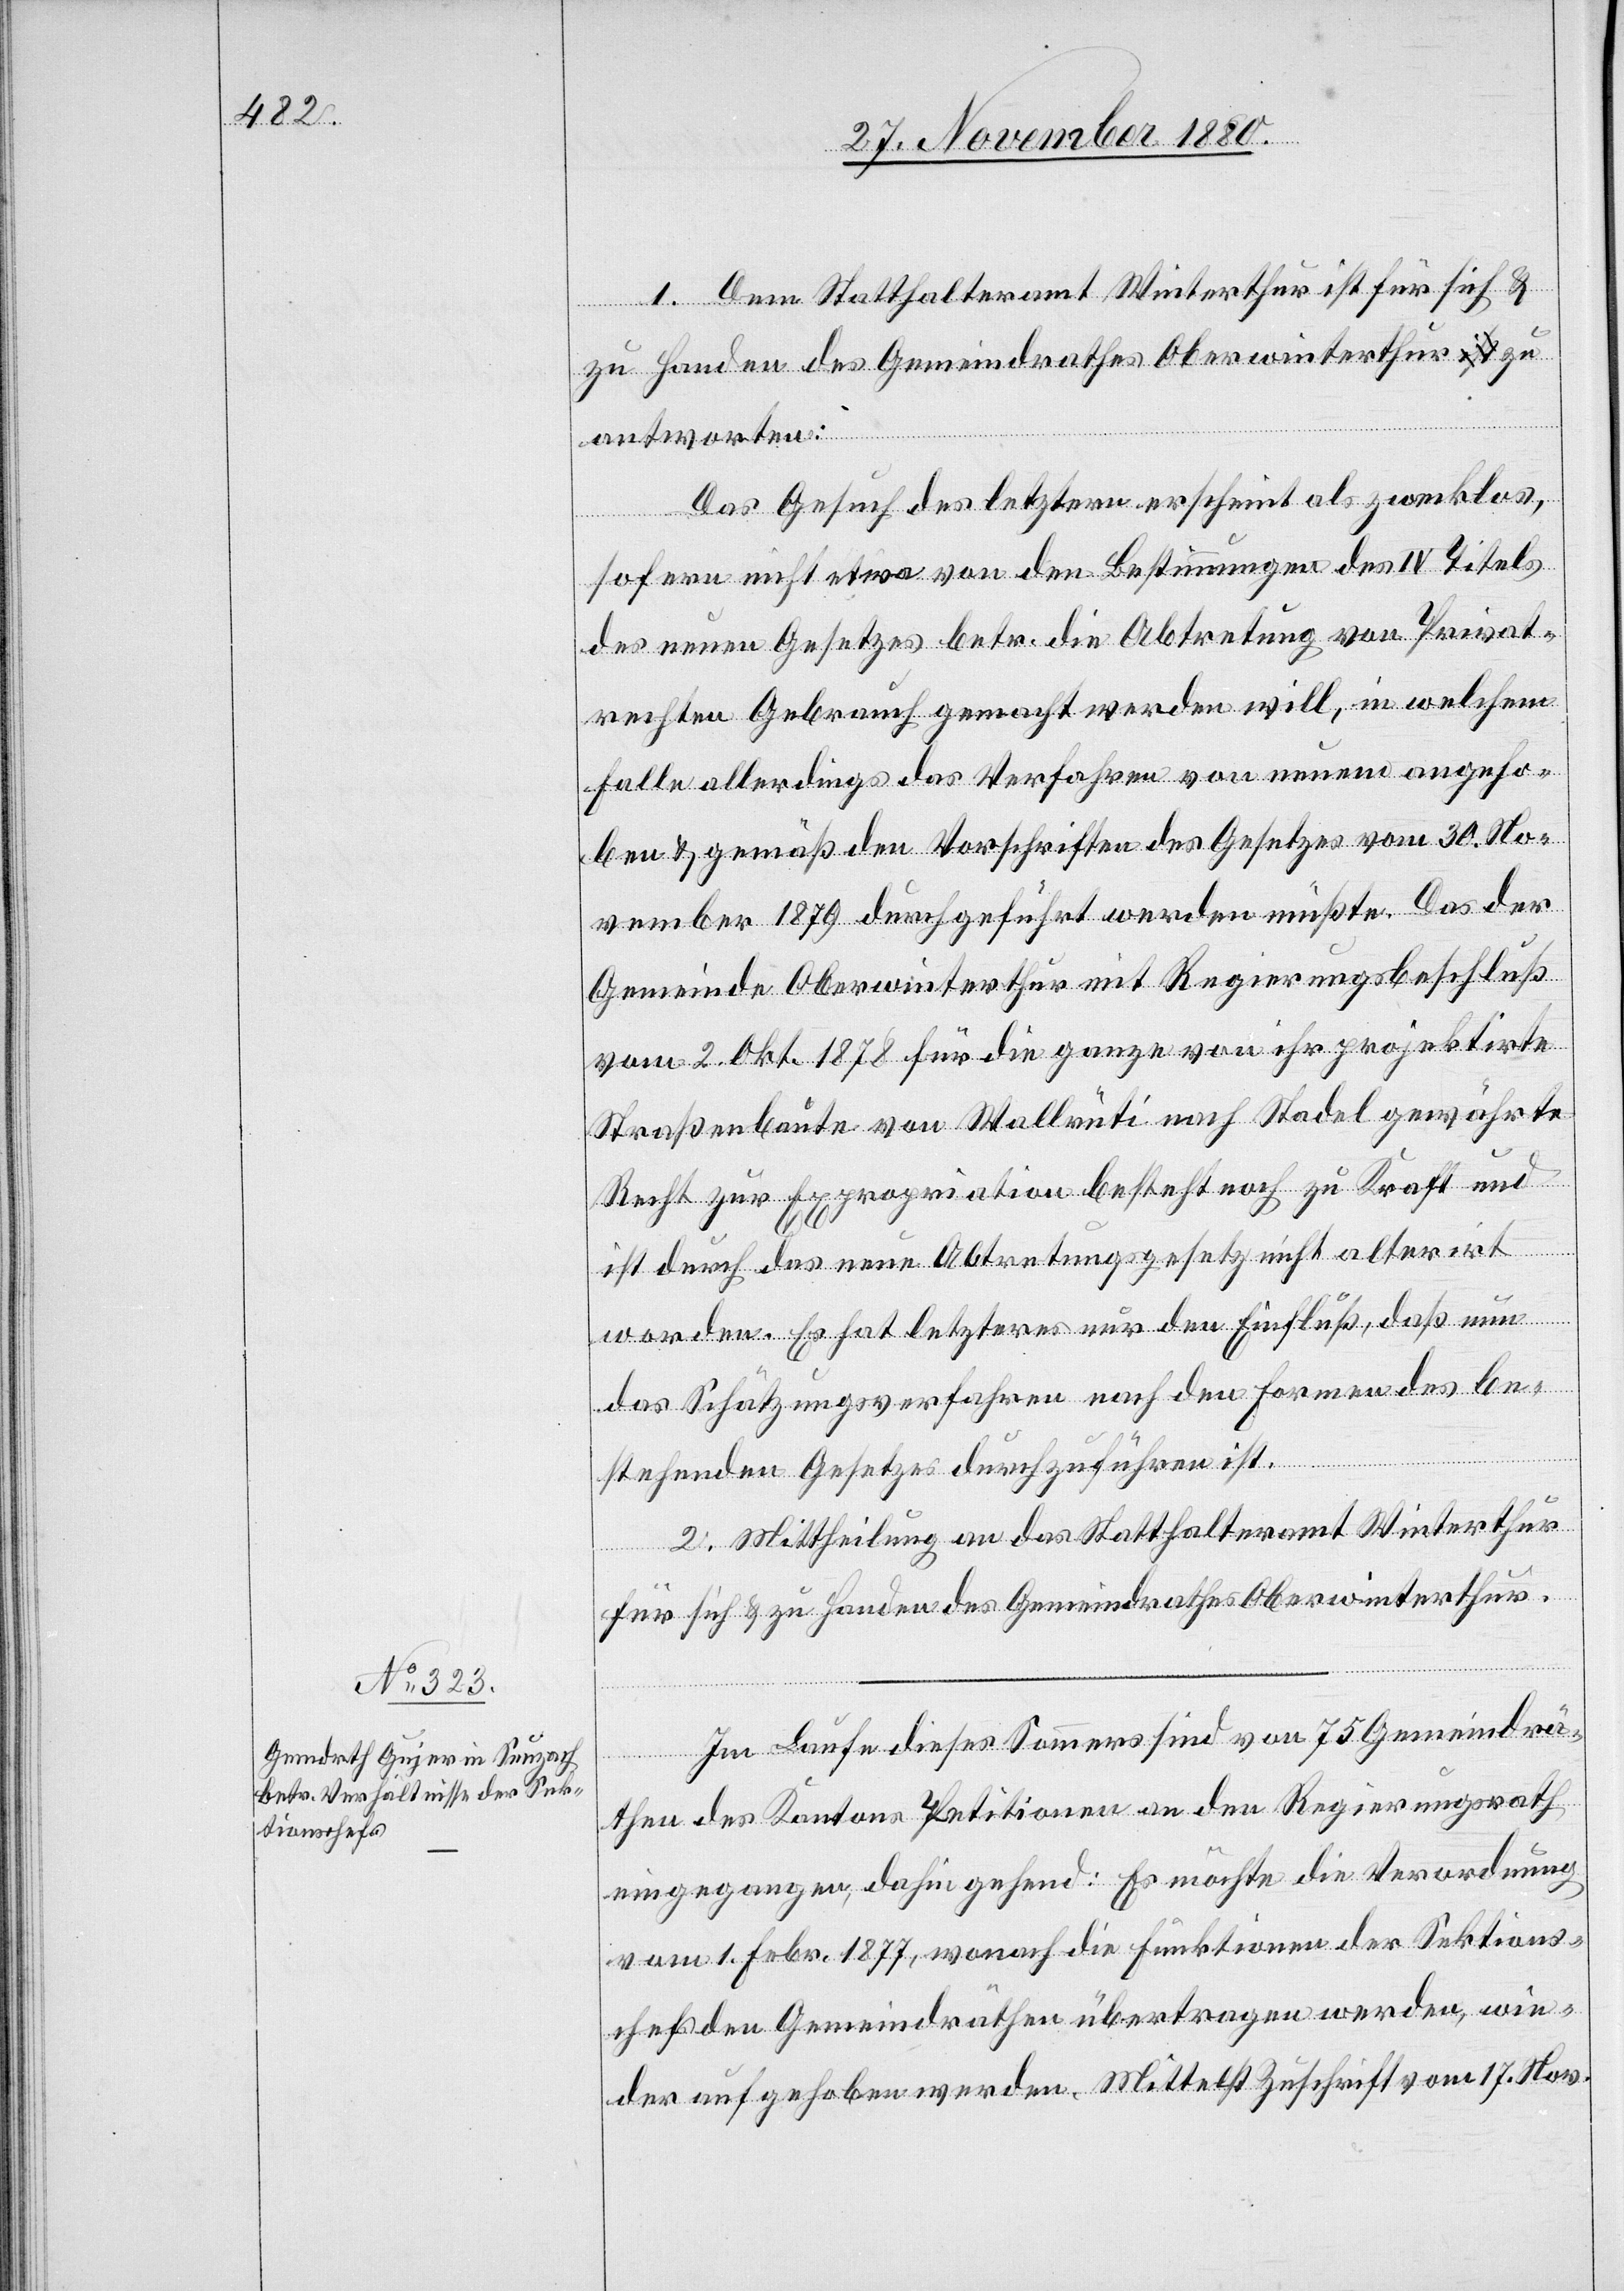
1. Dem Statthalteramt Winterthur ist für sich &
zu Handen des Gemeindrathes Oberwinterthur zu
antworten:
Das Gesuch des letztern erscheint als zwecklos
sofern nicht etwa von den Bestimmungen des IV Titels
des neuen Gesetzes betr. die Abtretung von Privat¬
rechten Gebrauch gemacht werden will, in welchem
Falle allerdings das Verfahren von neuem angeho¬
ben & gemäß den Vorschriften des Gesetzes vom 30. No¬
vember 1879 durchgeführt werden müßte. Das der
Gemeinde Oberwinterthur mit Regierungsbeschluß
vom 2. Okt. 1878 für die ganze von ihr projektirte
Straßenbaute von Wallrüti nach Stadel gewährte
Recht zur Expropriation besteht noch zu Kraft und
ist durch das neue Abtretungsgesetz nicht alterirt
worden. Es hat letzteres nur den Einfluß, daß nun
das Schätzungsverfahren nach den Formen des be¬
stehenden Gesetzes durchzuführen ist.
2. Mittheilung an das Statthalteramt Winterthur
für sich & zu Handen des Gemeindrathes Oberwinterthur.
Im Laufe dieses Sommers sind von 75 Gemeindrä¬
then des Kantons Petitionen an den Regierungsrath
eingegangen, dahingehend: Es möchte die Verordnung
vom 1. Febr. 1877, wonach die Funktionen der Sektions¬
chefs den Gemeindräthen übertragen werden, wie¬
der aufgehoben werden. Mittelst Zuschrift vom 17. Nov.